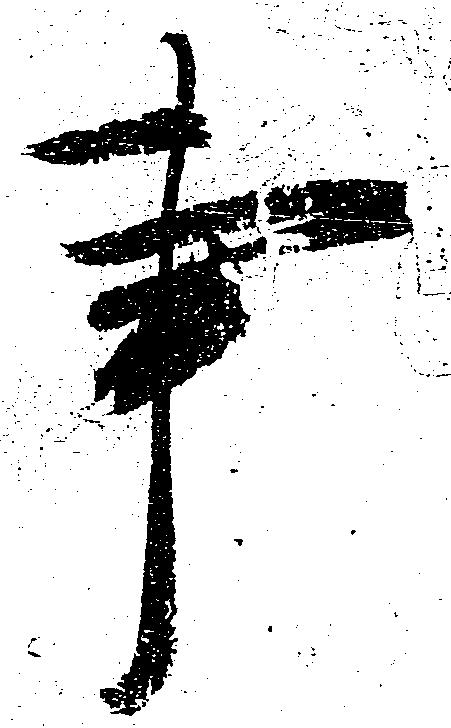
事